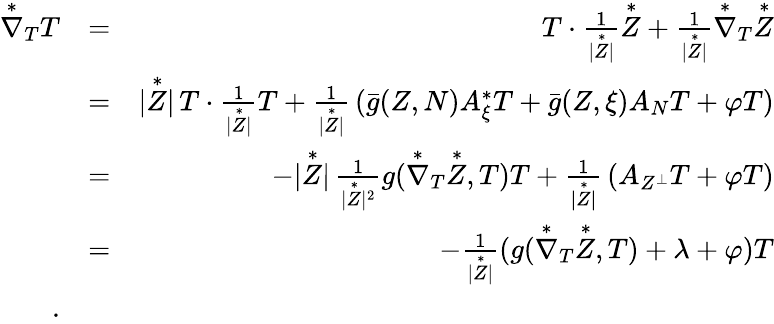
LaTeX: \begin{array}{rlr}{{\overset{*}{\nabla}}_{T}T}&{=}&{T\cdot\frac{1}{\vert\overset{*}{Z}\vert}\overset{*}{Z}+\frac{1}{\vert\overset{*}{Z}\vert}\overset{*}{\nabla}_{T}\overset{*}{Z}}\\ &{=}&{\vert\overset{*}{Z}\vert\, T\cdot\frac{1}{\vert\overset{*}{Z}\vert}T+\frac{1}{\vert\overset{*}{Z}\vert}\, (\bar{g}(Z,N)A_{\xi}^{*}T+\bar{g}(Z,\xi)A_{N}T+\varphi T)}\\ &{=}&{-\vert\overset{*}{Z}\vert\, \frac{1}{\vert\overset{*}{Z}\vert^{2}}g(\overset{*}{\nabla}_{T}\overset{*}{Z},T)T+\frac{1}{\vert\overset{*}{Z}\vert}\, (A_{Z^{\perp}}T+\varphi T)}\\ &{=}&{-\frac{1}{\vert\overset{*}{Z}\vert}(g(\overset{*}{\nabla}_{T}\overset{*}{Z},T)+\lambda+\varphi)T}\\ {.}\end{array}